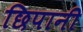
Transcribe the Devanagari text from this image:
छिपानी